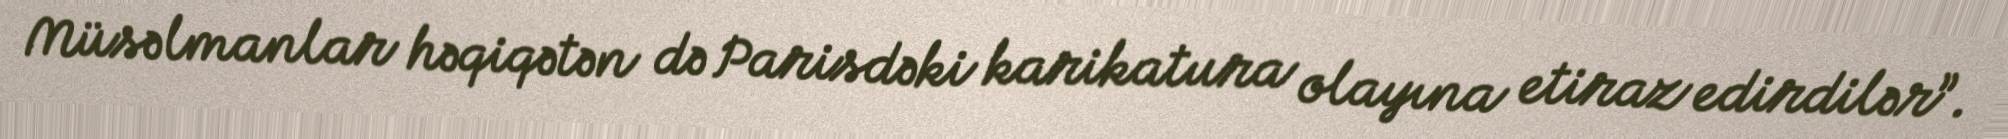
Müsəlmanlar həqiqətən də Parisdəki karikatura olayına etiraz edirdilər”.